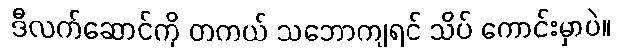
ဒီလက်ဆောင်ကို တကယ် သဘောကျရင် သိပ် ကောင်းမှာပဲ။